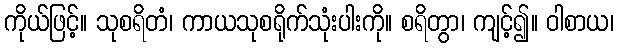
ကိုယ်ဖြင့်။ သုစရိတံ၊ ကာယသုစရိုက်သုံးပါးကို။ စရိတွာ၊ ကျင့်၍။ ဝါစာယ၊